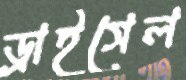
ড্রাইসেল